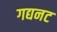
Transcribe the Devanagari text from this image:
गद्यनट